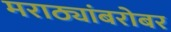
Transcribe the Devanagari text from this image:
मराठ्यांबरोबर